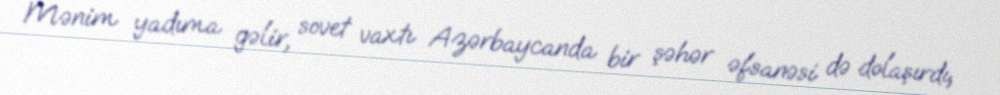
Mənim yadıma gəlir, sovet vaxtı Azərbaycanda bir şəhər əfsanəsi də dolaşırdı,